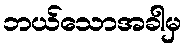
ဘယ်သောအခါမှ